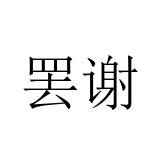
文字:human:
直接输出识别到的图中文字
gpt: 罢谢